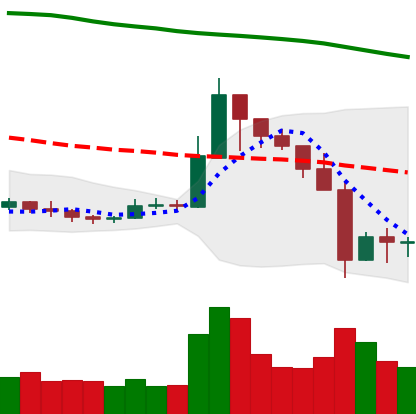
Ticker: XRP-USD
Chart end date: 2019-09-27
Forward return: 3.901%
Label: up_3_5